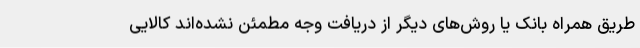
طریق همراه بانک یا روش‌های دیگر از دریافت وجه مطمئن نشده‌اند کالایی